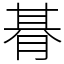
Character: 朞